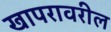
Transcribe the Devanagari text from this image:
खापरावरील